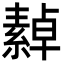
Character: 繛